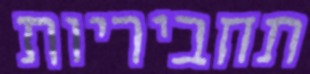
תחביריות